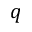
q